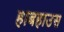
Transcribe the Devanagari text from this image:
हाबहाउस